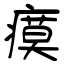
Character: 瘼